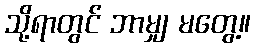
သို့ရာတွင် ဘာမျှ မတွေ့။